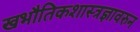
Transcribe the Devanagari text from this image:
खभौतिकशास्त्रज्ञावरुन